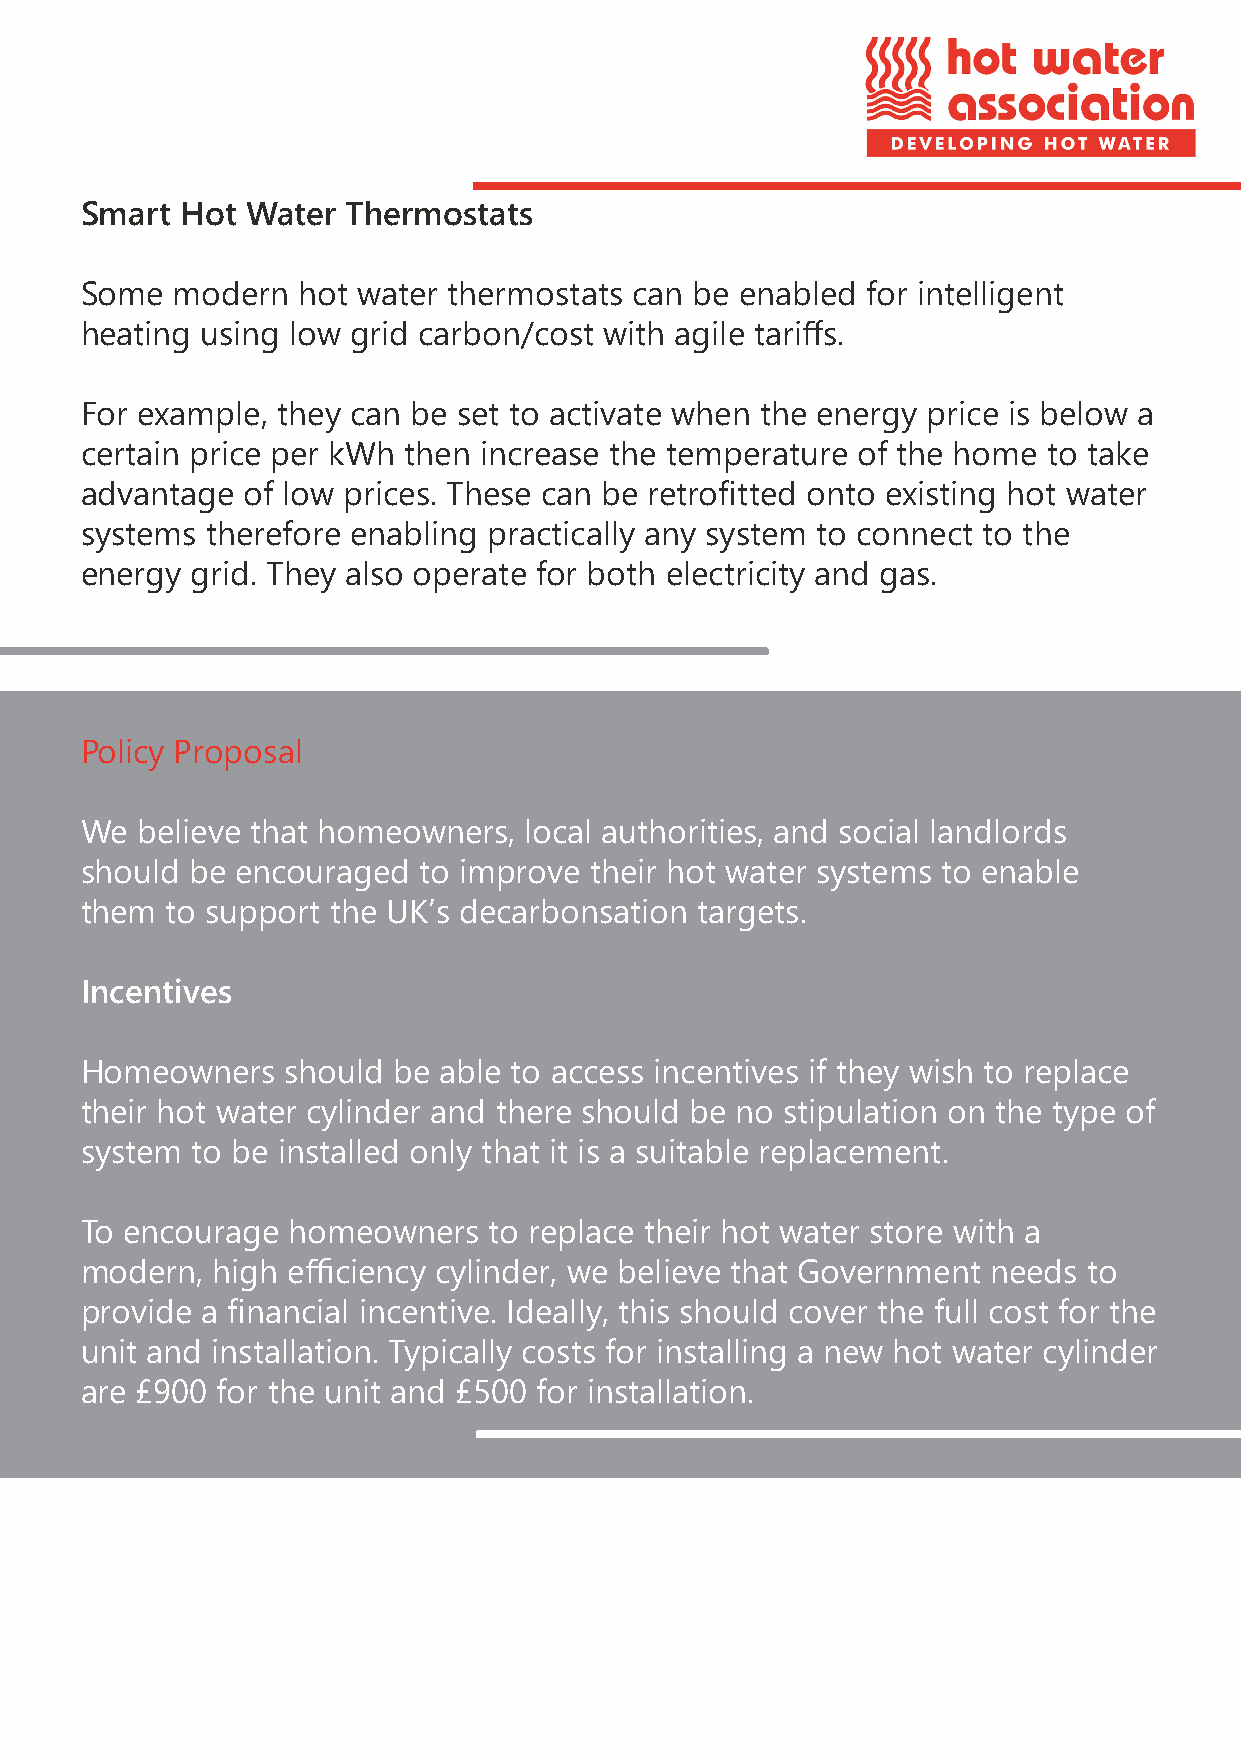
Smart  Hot Water  Thermostats
 Some  modern   hot water thermostats can be enabled for intelligent
 heating using low grid carbon/cost with agile tariffs.
 For example, they can be set to activate when the energy price is below a
 certain price per kWh then increase the temperature of the home to take
 advantage  of low prices. These can be retrofitted onto existing hot water
 systems  therefore enabling practically any system to connect to the
 energy  grid. They also operate for both electricity and gas.
 Policy Proposal
 We  believe that homeowners,  local authorities, and social landlords
 should be  encouraged  to improve their hot water systems to enable
 them  to support the UK’s decarbonsation targets.
 Incentives
 Homeowners    should be able to access incentives if they wish to replace
 their hot water cylinder and there should be no stipulation on the type of
 system  to be installed only that it is a suitable replacement.
 To encourage  homeowners   to replace their hot water store with a
 modern,  high efficiency cylinder, we believe that Government needs to
 provide a financial incentive. Ideally, this should cover the full cost for the
 unit and installation. Typically costs for installing a new hot water cylinder
 are £900 for the unit and £500 for installation.